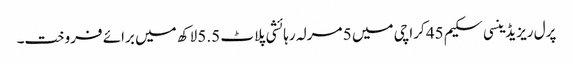
پرل ریزیڈینسی سکیم 45 کراچی میں 5 مرلہ رہائشی پلاٹ 5.5 لاکھ میں برائے فروخت۔